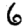
Digit: 6